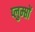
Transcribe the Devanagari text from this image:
प्लुम्प्तों